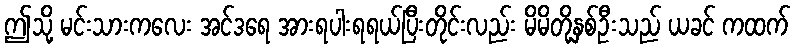
ဤသို့ မင်းသားကလေး အင်ဒရေ အားရပါးရရယ်ပြီးတိုင်းလည်း မိမိတို့နှစ်ဦးသည် ယခင် ကထက်